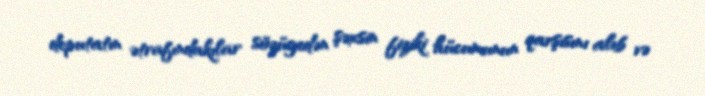
deputatın ətrafındakılar sözügedən şəxsin fiziki hücumunun qarşısını alıb və